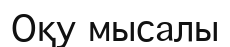
Оқу мысалы